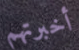
أخبرتهم